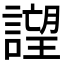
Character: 𧫢